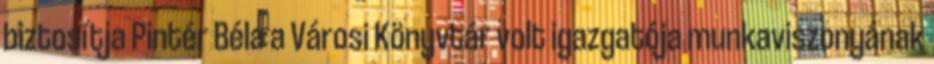
biztosítja Pintér Béla a Városi Könyvtár volt igazgatója munkaviszonyának